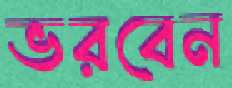
ভরবেন